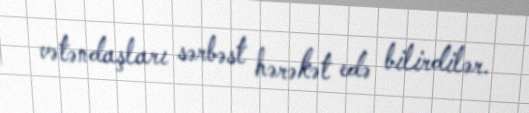
vətəndaşları sərbəst hərəkət edə bilirdilər.